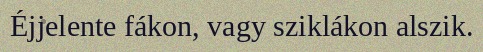
Éjjelente fákon, vagy sziklákon alszik.